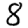
Digit: 8